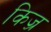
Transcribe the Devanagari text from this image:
किज़्र